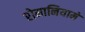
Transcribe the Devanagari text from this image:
रोमानियामें